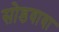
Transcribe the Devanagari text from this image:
सोडवावा